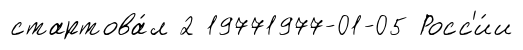
стартова́л 2 19771977-01-05 Росс'и́и